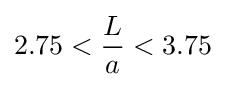
2.75<{\frac {L}{a}}<3.75